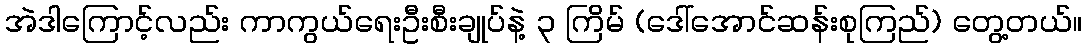
အဲဒါကြောင့်လည်း ကာကွယ်ရေးဦးစီးချုပ်နဲ့ ၃ ကြိမ် (ဒေါ်အောင်ဆန်းစုကြည်) တွေ့တယ်။